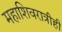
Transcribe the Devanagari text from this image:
महाशिवरात्रीही